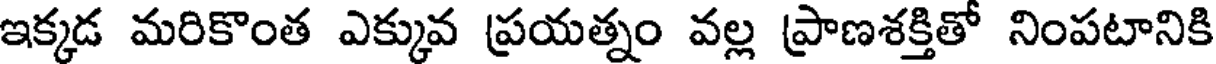
ఇక్కడ మరికొంత ఎక్కువ ప్రయత్నం వల్ల ప్రాణశక్తితో నింపటానికి